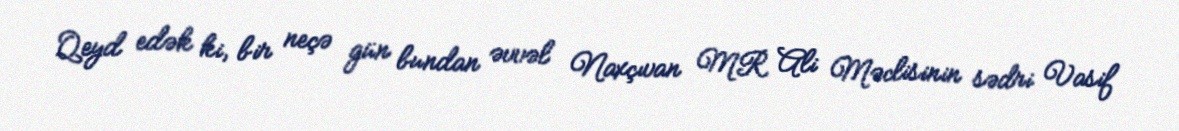
Qeyd edək ki, bir neçə gün bundan əvvəl Naxçıvan MR Ali Məclisinin sədri Vasif